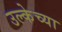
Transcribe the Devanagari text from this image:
उल्केच्या